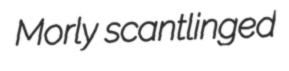
Morly scantlinged